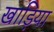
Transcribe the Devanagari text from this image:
खाड़िया